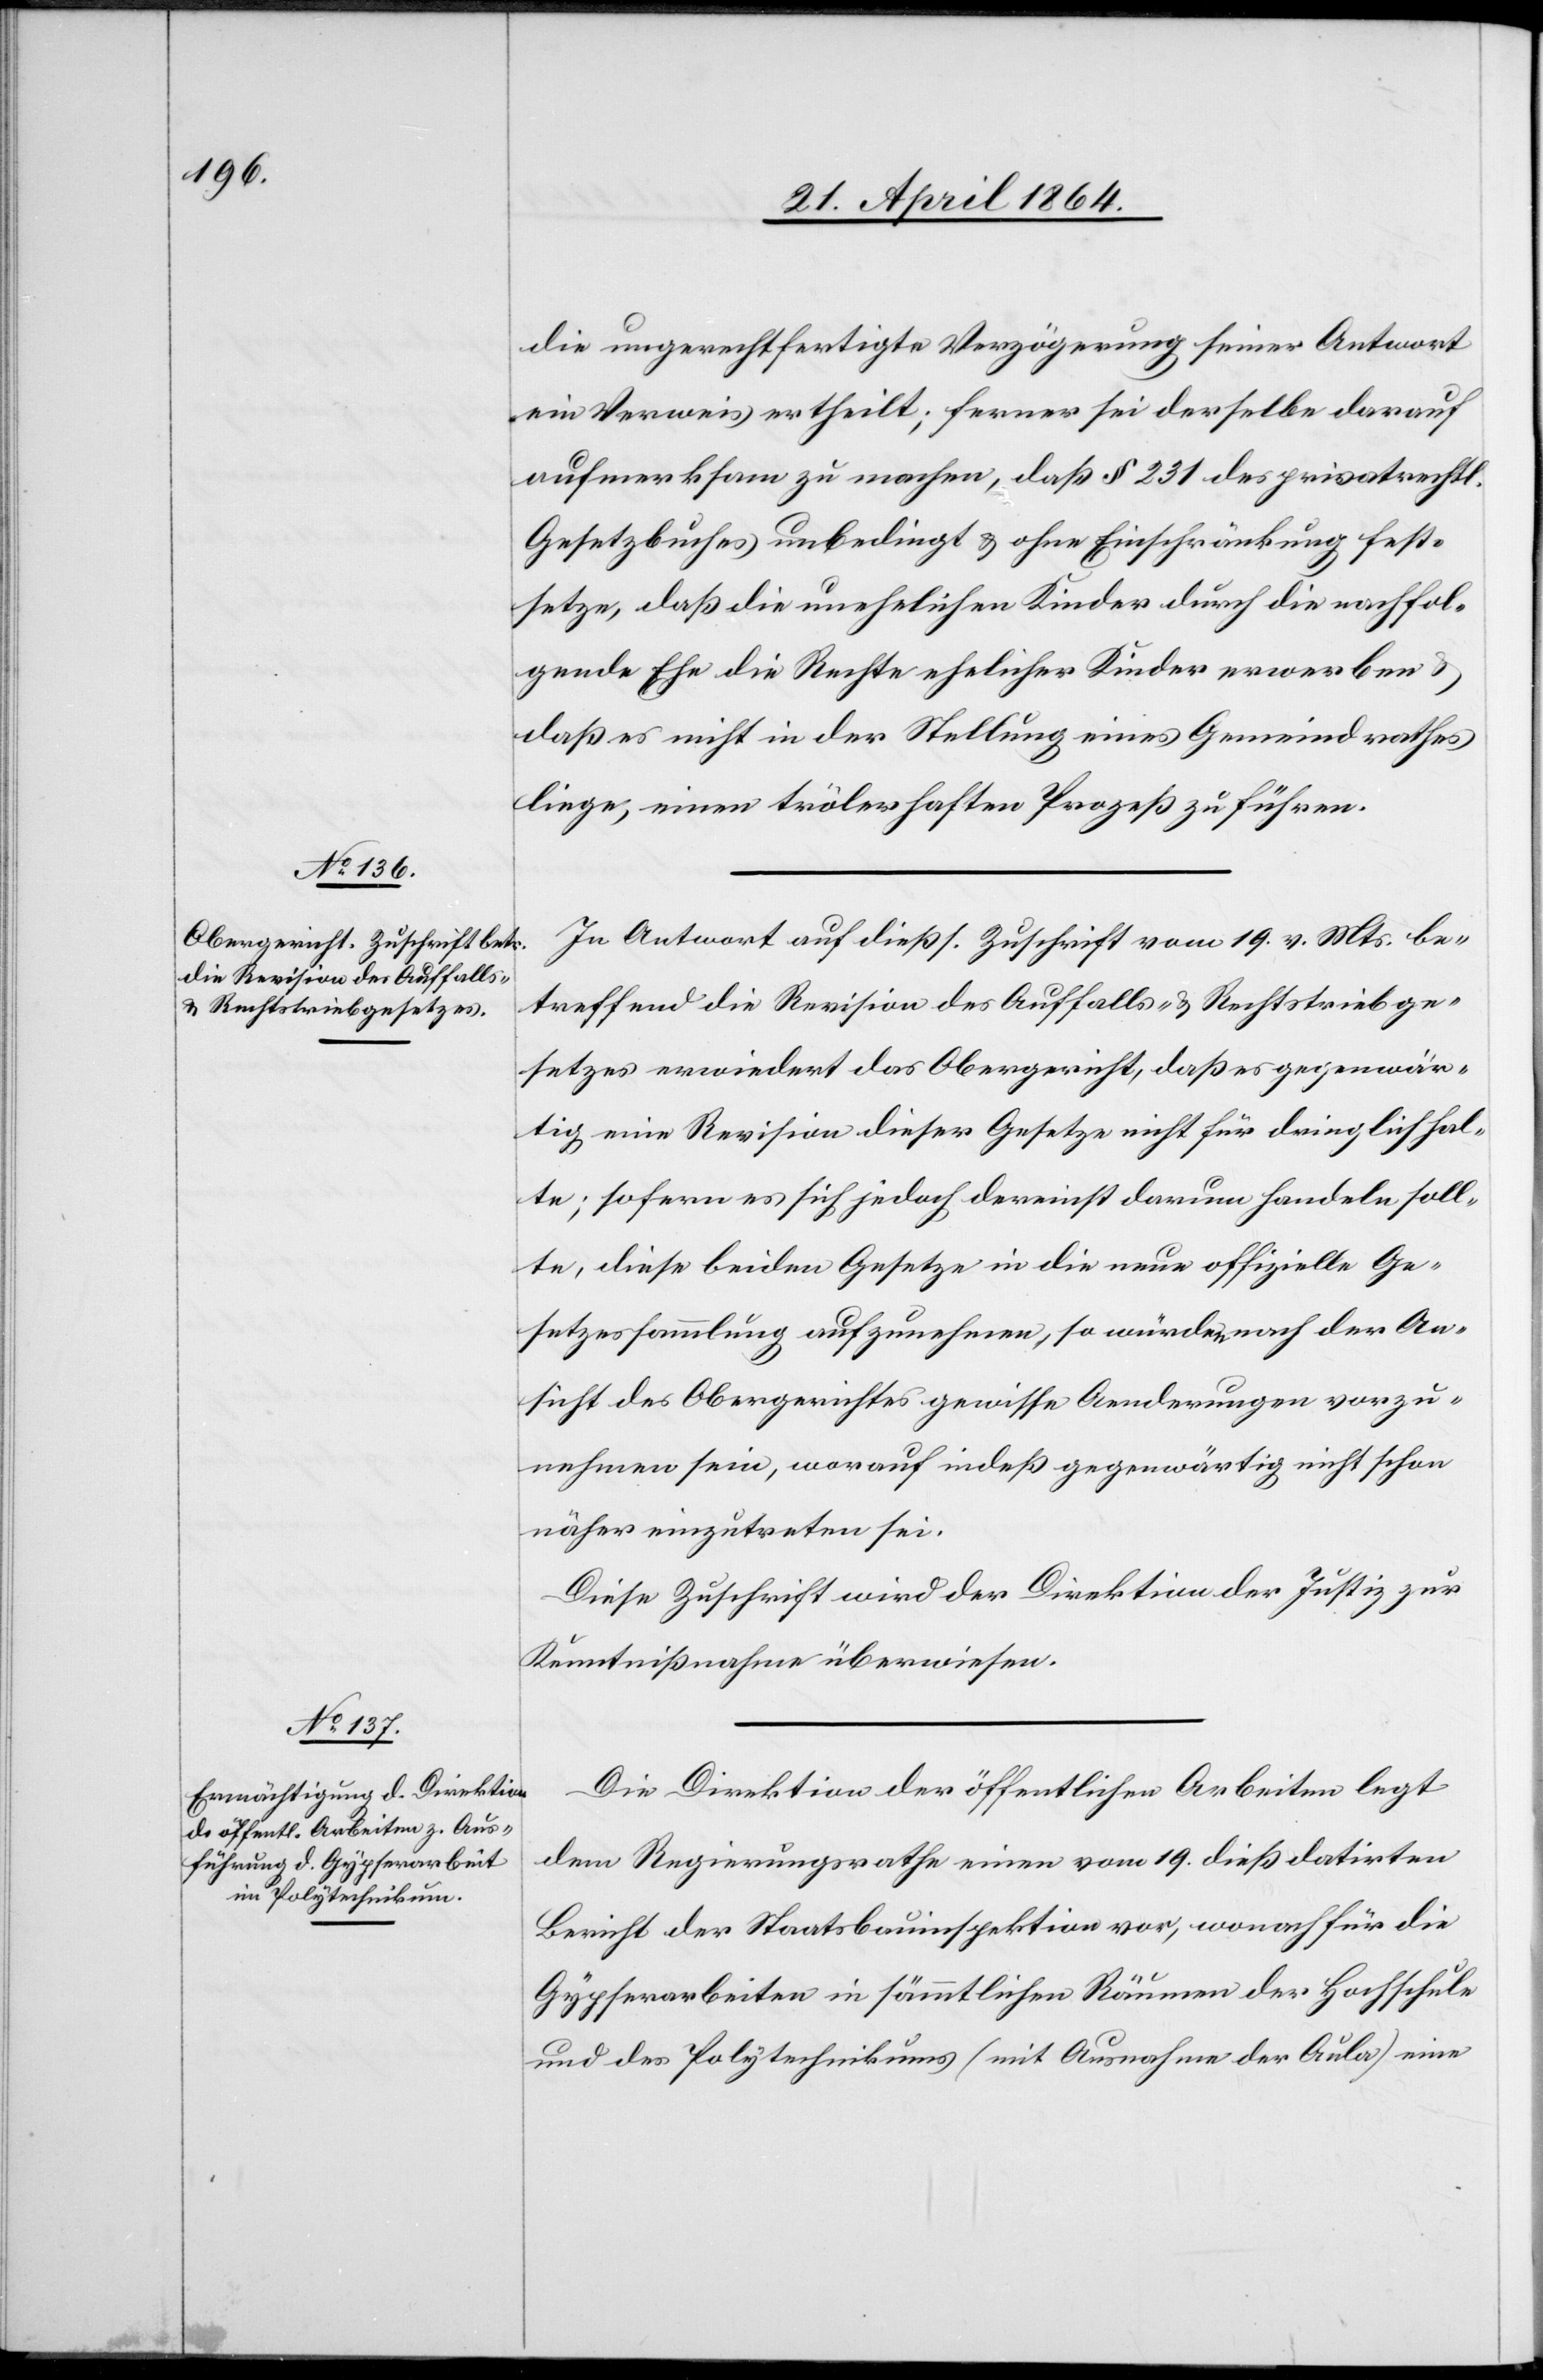
die ungerechtfertigte Verzögerung seiner Antwort
ein Verweis ertheilt; ferner sei derselbe darauf
aufmerksam zu machen, daß § 231 des privatrechtl.
Gesetzbuches unbedingt u. ohne Einschränkung fest¬
setze, daß die unehelichen Kinder durch die nachfol¬
gende Ehe die Rechte ehelicher Kinder erwerben u.
daß es nicht in der Stellung eines Gemeindrathes
liege, einen trölerhaften Prozeß zu führen.
In Antwort auf dießs. Zuschrift vom 19. v. Mts. be¬
treffend die Revision des Auffalls- u. Rechtstriebge¬
setzes erwiedert das Obergericht, daß es gegenwär¬
tig eine Revision dieser Gesetze nicht für dringlich hal¬
te; sofern es sich jedoch dereinst darum handeln soll¬
te, diese beiden Gesetze in die neue offizielle Ge¬
setzessammlung aufzunehmen, so würden nach der An¬
sicht des Obergerichtes gewisse Aenderungen vorzu¬
nehmen sein, worauf indeß gegenwärtig nicht schon
näher einzutreten sei.
Diese Zuschrift wird der Direktion der Justiz zur
Kenntnißnahme überwiesen.
Die Direktion der öffentlichen Arbeiten legt
dem Regierungsrathe einen vom 19. dieß datirten
Bericht der Staatsbauinspektion vor, wonach für die
Gypserarbeiten in sämmtlichen Räumen der Hochschule
und des Polytechnikums (mit Ausnahme der Aula) eine